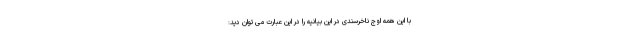
با این همه اوج ناخرسندی در این بیانیه را در این عبارت می توان دید: